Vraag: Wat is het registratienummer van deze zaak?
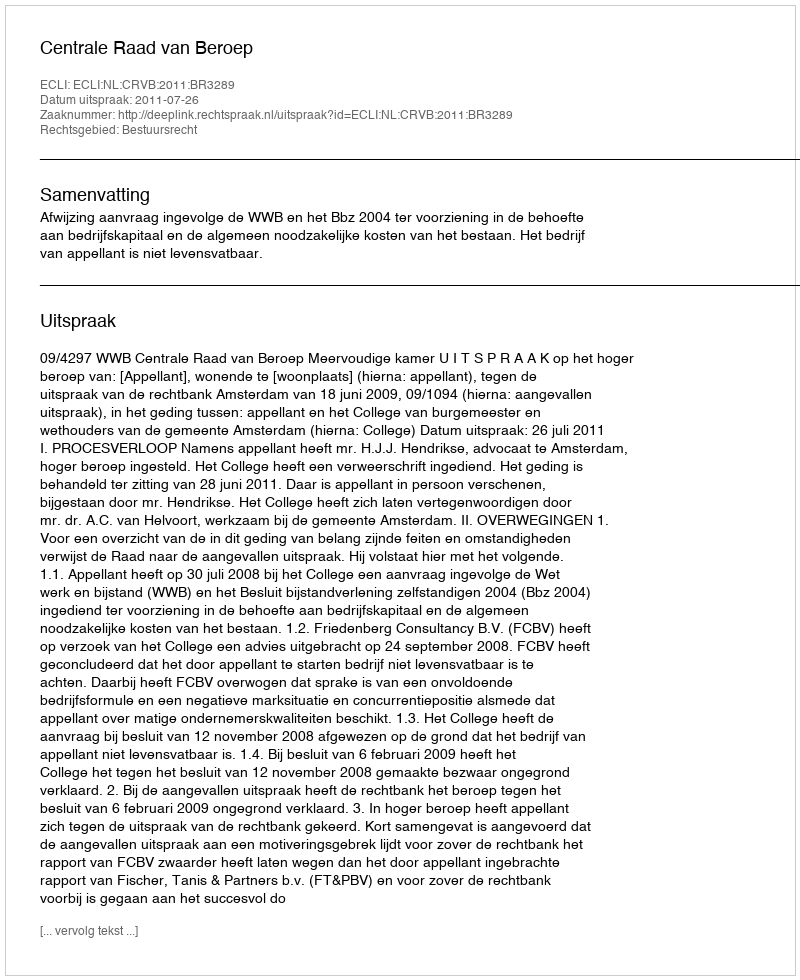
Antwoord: http://deeplink.rechtspraak.nl/uitspraak?id=ECLI:NL:CRVB:2011:BR3289